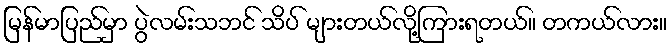
မြန်မာပြည်မှာ ပွဲလမ်းသဘင် သိပ် များတယ်လို့ကြားရတယ်။ တကယ်လား။